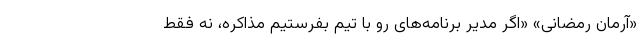
«آرمان رمضانی» «اگر مدیر برنامه‌های رو با تیم بفرستیم مذاکره، نه فقط